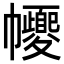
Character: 𢅼